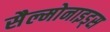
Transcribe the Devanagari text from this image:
सैल्मोनाइड्स